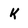
Character: k